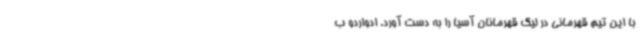
با این تیم قهرمانی در لیگ قهرمانان آسیا را به دست آورد. ادواردو ب